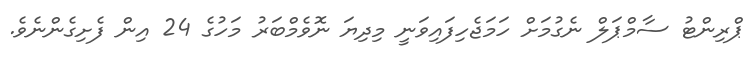
ޕްރިންޓު ސާމްޕަލް ނެގުމަށް ހަމަޖެހިފައިވަނީ މިދިޔަ ނޮވެމްބަރު މަހުގެ 24 އިން ފެށިގެންނެވެ.